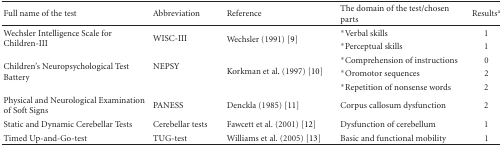
<table><thead><tr><td><b>Full name of the test</b></td><td><b>Abbreviation</b></td><td><b>Reference</b></td><td><b>The domain of the test/chosen parts</b></td><td><b>Results<sup>a</sup></b></td></tr></thead><tbody><tr><td rowspan="2">Wechsler Intelligence Scale for Children-III</td><td rowspan="2">WISC-III</td><td rowspan="2">Wechsler (1991) [9] </td><td>*Verbal skills</td><td>1</td></tr><tr><td>*Perceptual skills</td><td>1</td></tr><tr><td rowspan="3">Children&#x27;s Neuropsychological Test Battery</td><td rowspan="3">NEPSY</td><td rowspan="3">Korkman et al. (1997) [10] </td><td>*Comprehension of instructions</td><td>0</td></tr><tr><td>*Oromotor sequences</td><td>2</td></tr><tr><td>*Repetition of nonsense words </td><td>2</td></tr><tr><td>Physical and Neurological Examination of Soft Signs</td><td>PANESS</td><td>Denckla (1985) [11]</td><td>Corpus callosum dysfunction</td><td>2</td></tr><tr><td>Static and Dynamic Cerebellar Tests</td><td>Cerebellar tests</td><td>Fawcett et al. (2001) [12]</td><td>Dysfunction of cerebellum</td><td>1</td></tr><tr><td>Timed Up-and-Go-test</td><td>TUG-test</td><td>Williams et al. (2005) [13]</td><td>Basic and functional mobility</td><td>1</td></tr></tbody></table>